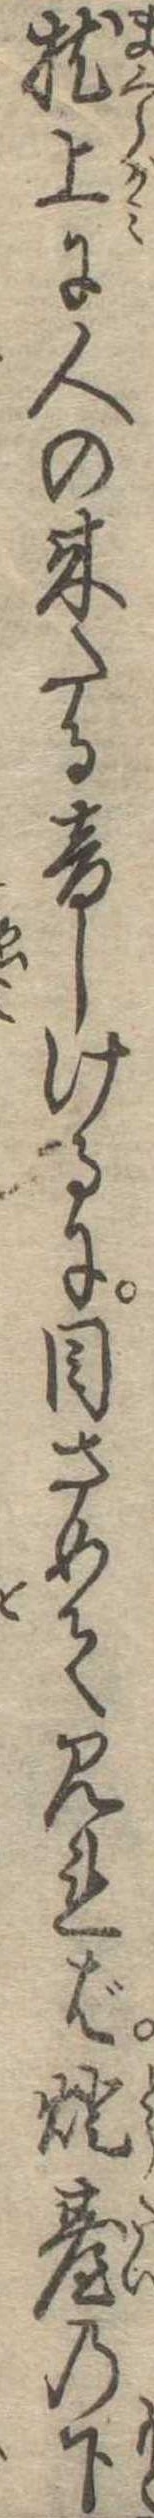
枕上に人の来たる音しけるに目さめて見れば灯台の下